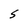
Character: S